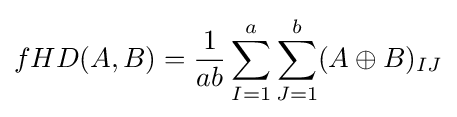
fHD(A,B)={\frac {1}{ab}}\sum _{I=1}^{a}\sum _{J=1}^{b}(A\oplus B)_{IJ}